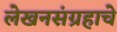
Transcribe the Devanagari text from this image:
लेखनसंग्रहाचे